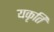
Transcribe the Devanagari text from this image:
यकृति